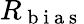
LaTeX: R_{\mathrm{~b~i~a~s~}}